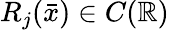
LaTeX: R_{j}({\bar{x}})\in C(\mathbb R)